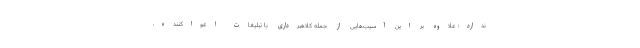
ندارد؛ علاوه بر این آسیب‌هایی از جمله کلاهبرداری با تبلیغات اغواکننده،